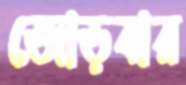
জোড়বার